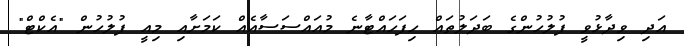
އަދި ވިދާޅުވީ ފުލުހުންގެ ބަދަލުތައް ހިފަހައްޓާނެ މުއައްސަސާއެއް ކަމަށާއި މިއީ ފުލުހުން "އެކްޓް"